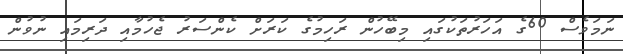
ނަމަވެސް 60ގެ އަހަރުތަކުގައި މިބޭހުން ރަހިމުގެ ކަރަށް ކެންސަރު ޖެހުމާއި ދަރިމައި ނުވުން